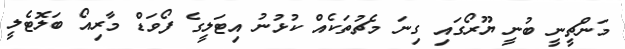
މަންޗީނީ ބުނީ ޔޫރޯގައި ގިނަ މެޗުތަކެއް ކުޅުނު އިޓަލީގެ ފޯވަޑް މާރިއޯ ބަލޮޓެލީ